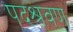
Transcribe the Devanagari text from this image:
पदश्रवण